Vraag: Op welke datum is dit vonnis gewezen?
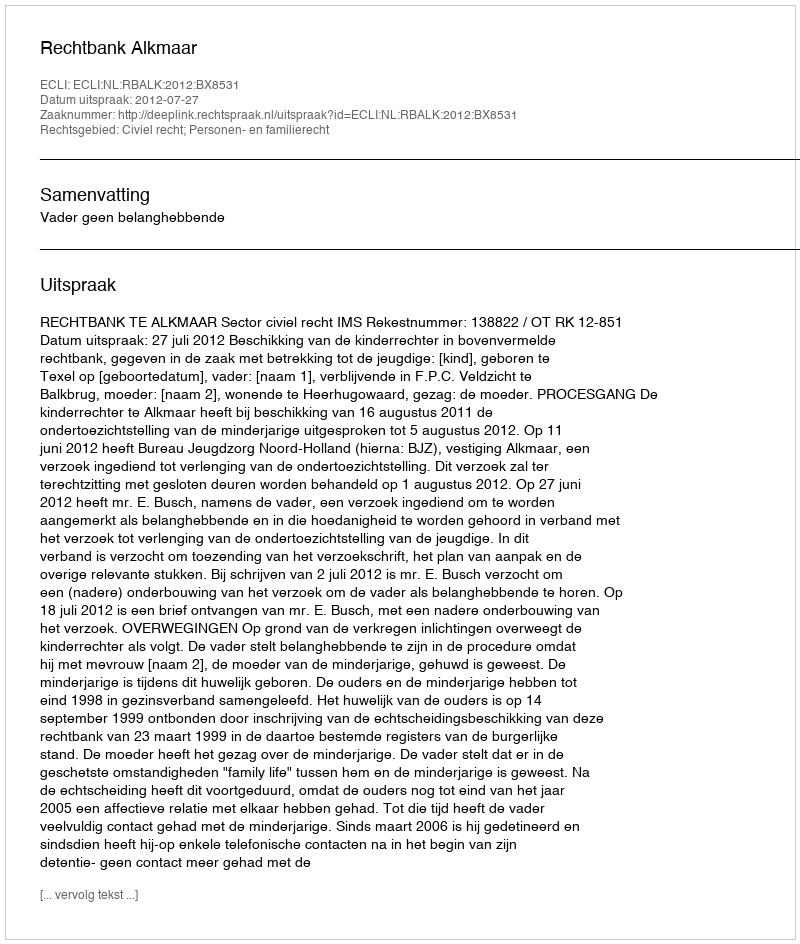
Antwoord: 2012-07-27